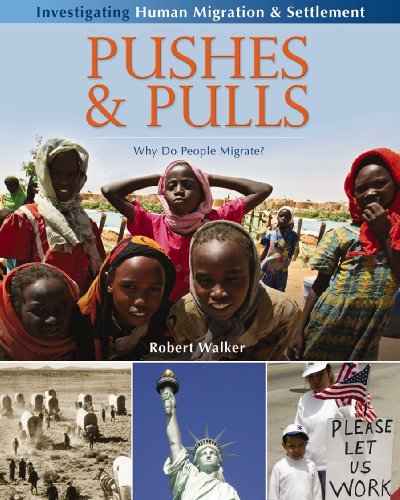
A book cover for Pushes & Pulls: Why do People Migrate? (Investigating Human Migration & Settlement); Robert Walker; Children's Books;